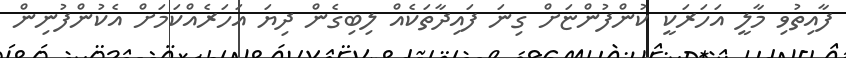
ފާއިތުވި މާލީ އަހަރަކީ ކުންފުންޏަށް ގިނަ ފައިދާތަކެއް ލިބިގެން ދިޔަ އަހަރެއްކަމަށް އެކުންފުނިން